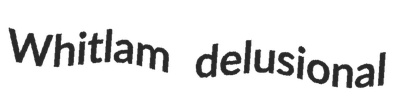
Whitlam delusional